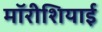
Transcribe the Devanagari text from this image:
मॉरीशियाई